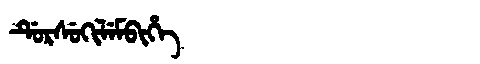
Manchu: ᡩᡠᡵᠰᡠᡴᡳᠯᡝᠮᠪᡳᡥᡝ
Romanization: DURSUKILEMBIHE